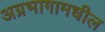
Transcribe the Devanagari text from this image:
अग्रभागामधील